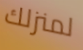
لمنزلك